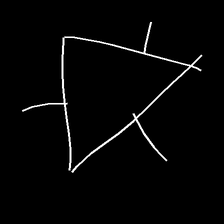
Glyph: fire